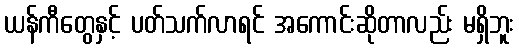
ယန်ကီတွေနှင့် ပတ်သက်လာရင် အကောင်းဆိုတာလည်း မရှိဘူး